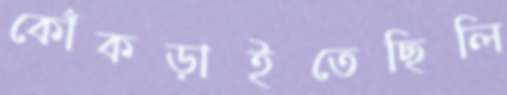
কোঁকড়াইতেছিলি